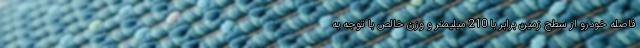
فاصله خودرو از سطح زمین برابر با 210 میلیمتر و وزن خالص با توجه به